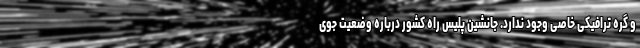
و گره ترافیکی خاصی وجود ندارد. جانشین پلیس راه کشور درباره وضعیت جوی